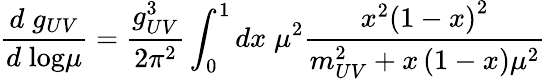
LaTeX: \frac{d\; g_{UV}}{d\; \mathrm{log}\mu}=\frac{g_{UV}^{3}}{2\pi^{2}}\int_{0}^{1}dx\; \mu^{2}\frac{x^{2}\left(1-x\right)^{2}}{m_{UV}^{2}+x\left(1-x\right)\mu^{2}}